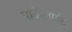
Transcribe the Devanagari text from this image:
मार्केटपर्यंत